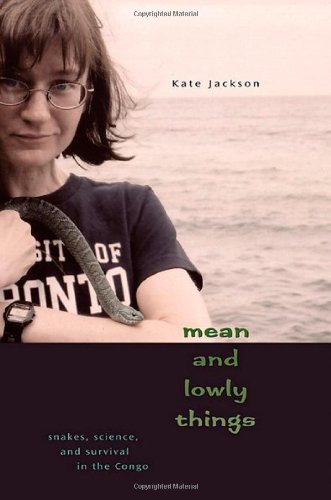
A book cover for Mean and Lowly Things: Snakes, Science, and Survival in the Congo; Kate Jackson; Travel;